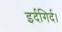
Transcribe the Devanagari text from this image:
इर्दगिर्द।